Lunatic asylums Madras 1892-1911 - 1892-1911
Year: 1892
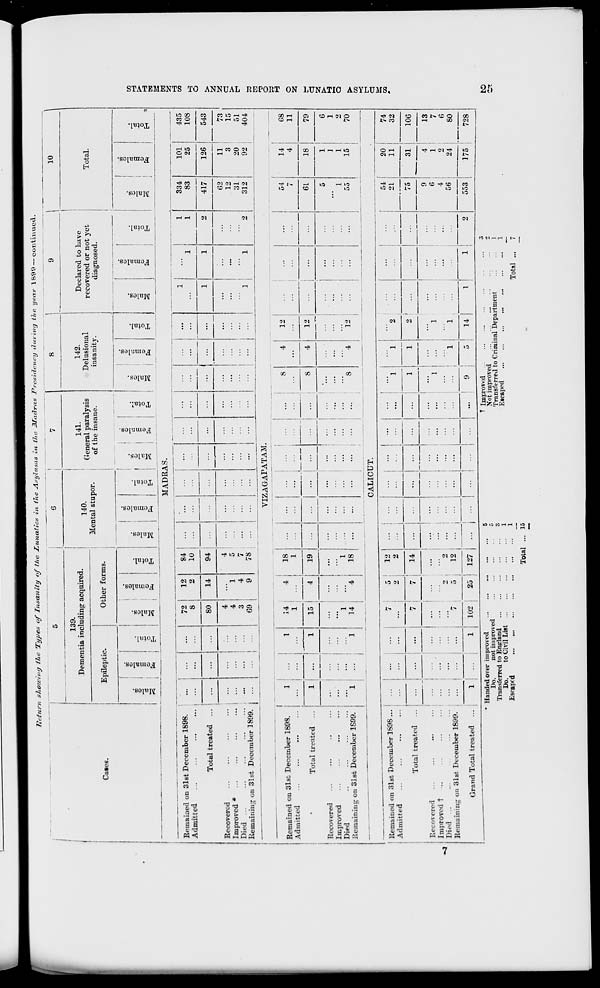
Return showing Hie Types of Insanity of the Lunatics in the Asylums in Hie JUadras Presidency during the year 1899 — continued.
139.
Dementia including acquired.
Cases.
Epileptic.
140.
Mental stupor.
Other forms.
141.
General paralysis
of the insane.
DC
O
TO
0
3
S
o
fa
c
EH
O
Is
a
-
g
3
fa
£
o
1—1
1
,
to
1 ID
o
O
"5
•3 1
"c3
6 o
fa
1
' Toti
■3 ! 6
fa
O
EH
142.
Delusional
insanity.
o
i—i
tn
o
d
d
d
o
O
fa
H
10
Declared to have
recovered or not yet
diagnosed.
Total.
o
la
a
CO
o
B
O
fa
o
EH
or.
O
—
CO
o
a
o
fa
o
En
MADRAS.
Remained on 31st December 1898.
Admitted
...
...
...
... j ...
...
...
72
8
80
12
2
84 j ...
10 j
...
...
...
1
...
1
1
1
334
83
101
25
435
108
i
Total treated
...
...
14
94 | ...
.
...
...
1
1
2
417
126
543
Recovered
...
...
...
Improved * ...
...
...
... i
Died ...
...
...
...
... ,
Remaining on 31st December 1899. j ...
...
...
...
4
4
3
G9
1
4
9
1
4 i ...
5 ' ...
7
...
7S ; ...
...
...
...
...
1
1
2
62
12
31
312
11
3
20
92
73
15
51
404
VIZAGAPATAM.
; Remained on 31 si December 1898.
! Admitted
Total treated
Recovered
Improved
Died
Remaining on 31st December 1S99.
1
14 :
4
M
15 i
j
4
18
1
19
1
1
14
1
18
8
4
12
...
S
4
12
...
...
8
4
54
i
61
I
55
14
4
18
1
1
1
15
68
11
79
6
1
2
70
CALICUT.
Remained on 31st December 1S98 ...
Admitted
Total treated ...
12 |
2 !
Recovered
...
...
...
...
... i
Improved t
Died
Remaining on 31st December 1899. , ...
14
Grand Total treated ...
5
2
12
102
25 i 127
14
1
54
21
75
20
11
9
6
4
56
553
31
4
1
2
24
74
32
106
175
13
7
6
80
728
* Handed over improved
Do.
not improved
Transferred to Enpland
Do.
to Civil List
Lsraprd
* Improved
Not improved
Transferred to Criminal Department
Escaped
Total ... 15
Total ...
to
►
h3
ts
B
feS
CO
1-3
O
!>
a
>■
H
O
H
O
S5
H
►
CO
CO
to